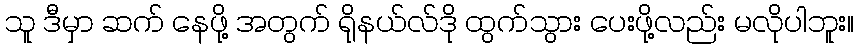
သူ ဒီမှာ ဆက် နေဖို့ အတွက် ရိုနယ်လ်ဒို ထွက်သွား ပေးဖို့လည်း မလိုပါဘူး။